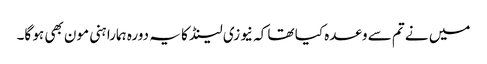
میں نے تم سے وعدہ کیا تھا کہ نیوزی لینڈ کا یہ دورہ ہمارا ہنی مون بھی ہو گا۔